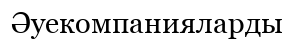
Әуекомпанияларды